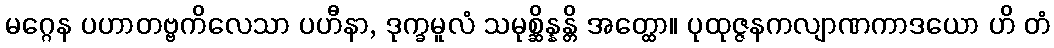
မဂ္ဂေန ပဟာတဗ္ဗကိလေသာ ပဟီနာ, ဒုက္ခမူလံ သမုစ္ဆိန္နန္တိ အတ္ထော။ ပုထုဇ္ဇနကလျာဏကာဒယော ဟိ တံ